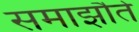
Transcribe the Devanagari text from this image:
समाझौते